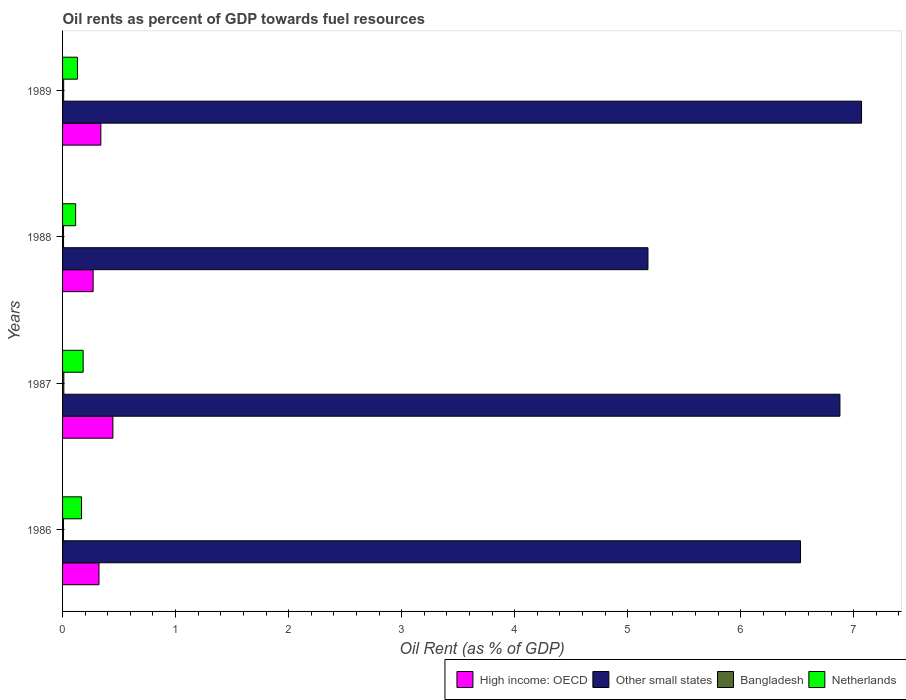
| Years | High income: OECD | Other small states | Bangladesh | Netherlands |
 | --- | --- | --- | --- | --- |
 | 1986 | 0.322 | 6.53 | 0.0086 | 0.168 |
 | 1987 | 0.445 | 6.88 | 0.0111 | 0.182 |
 | 1988 | 0.27 | 5.18 | 0.00872 | 0.116 |
 | 1989 | 0.339 | 7.07 | 0.00973 | 0.132 |